Indian Civil Veterinary Department memoirs
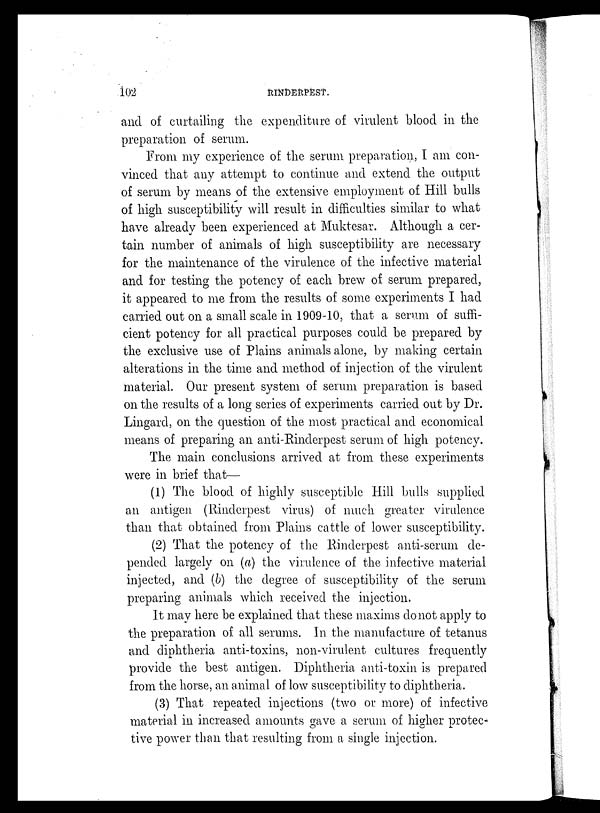
102
RINDERPEST.
and of curtailing the expenditure of virulent blood in the
preparation of serum.
From my experience of the serum preparation, I am con-
vinced that any attempt to continue and extend the output
of serum by means of the extensive employment of Hill bulls
of high susceptibility will result in difficulties similar to what
have already been experienced at Muktesar. Although a cer-
tain number of animals of high susceptibility are necessary
for the maintenance of the virulence of the infective material
and for testing the potency of each brew of serum prepared,
it appeared to me from the results of some experiments I had
carried out on a small scale in 1909-10, that a serum of suffi-
cient potency for all practical purposes could be prepared by
the exclusive use of Plains animals alone, by making certain
alterations in the time and method of injection of the virulent
material. Our present system of serum preparation is based
on the results of a long series of experiments carried out by Dr.
Lingard, on the question of the most practical and economical
means of preparing an anti-Rinderpest serum of high potency.
The main conclusions arrived at from these experiments
were in brief that—
(1) The blood of highly susceptible Hill bulls supplied
an antigen. (Rinderpest virus) of much greater virulence
than that obtained from Plains cattle of lower susceptibility.
(2) That the potency of the Rinderpest anti-serum de-
pended largely on (a) the virulence of the infective material
injected, and (b) the degree of susceptibility of the serum
preparing animals which received the injection.
It may here be explained that these maxims do not apply to
the preparation of all serums. In the manufacture of tetanus
and diphtheria anti-toxins, non-virulent cultures frequently
provide the best antigen. Diphtheria anti-toxin is prepared
from the horse, an animal of low susceptibility to diphtheria.
(3) That repeated injections (two or more) of infective
material in increased amounts gave a serum of higher protec-
tive power than that resulting from a single injection.